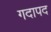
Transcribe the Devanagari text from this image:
गदापद